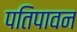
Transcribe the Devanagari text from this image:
पतिपावन